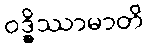
ဝဒ္ဓိဿာမာတိ